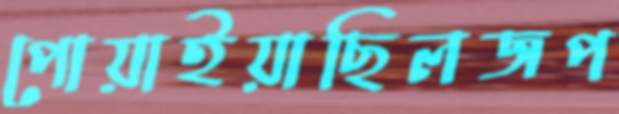
পোয়াইয়াছিলজপ